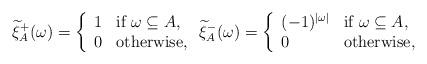
LaTeX: \begin{align*} \widetilde{\xi}_A^{+}(\omega) = \left\{\begin{array}{ll} 1 & \textrm{if } \omega \subseteq A, \\ 0 & \textrm{otherwise},\end{array} \right. \widetilde{\xi}_A^{-}(\omega) = \left\{ \begin{array}{ll} (-1)^{\vert \omega \vert} & \textrm{if } \omega \subseteq A, \\ 0 & \textrm{otherwise}, \end{array} \right. \end{align*}